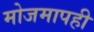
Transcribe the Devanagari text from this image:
मोजमापही